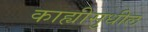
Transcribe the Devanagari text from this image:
काह्यीसुधील